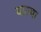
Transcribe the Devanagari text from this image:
याज्या